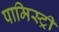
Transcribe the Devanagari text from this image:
पामिस्ट्री